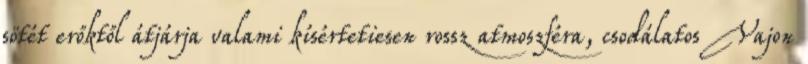
sötét erőktől átjárja valami kísértetiesen rossz atmoszféra, csodálatos Vajon